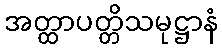
အတ္ထာပတ္တိသမုဋ္ဌာနံ